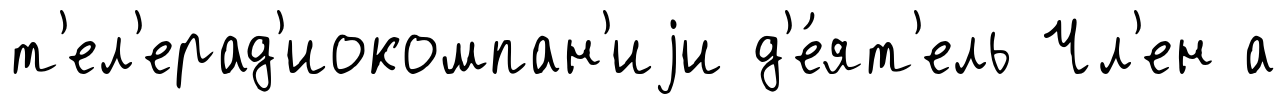
т'ел'ерад'иокомпан'иjи д'е́ят'ель Чл'ен а